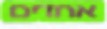
אחדים